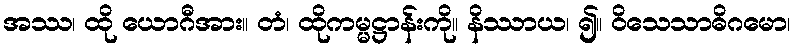
အဿ၊ ထို ယောဂီအား။ တံ၊ ထိုကမ္မဋ္ဌာန်းကို။ နိဿာယ၊ ၍။ ဝိသေသာဓိဂမော၊